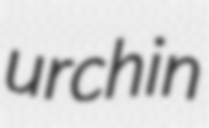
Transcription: urchin